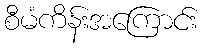
စီမံကိန်းအကြောင်း